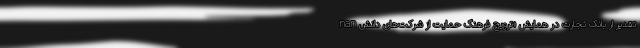
nan تقدیر از بانک تجارت در همایش «ترویج فرهنگ حمایت از شرکت‌های دانش